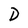
Character: D